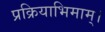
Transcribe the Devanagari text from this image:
प्रक्रियाभिमाम्।